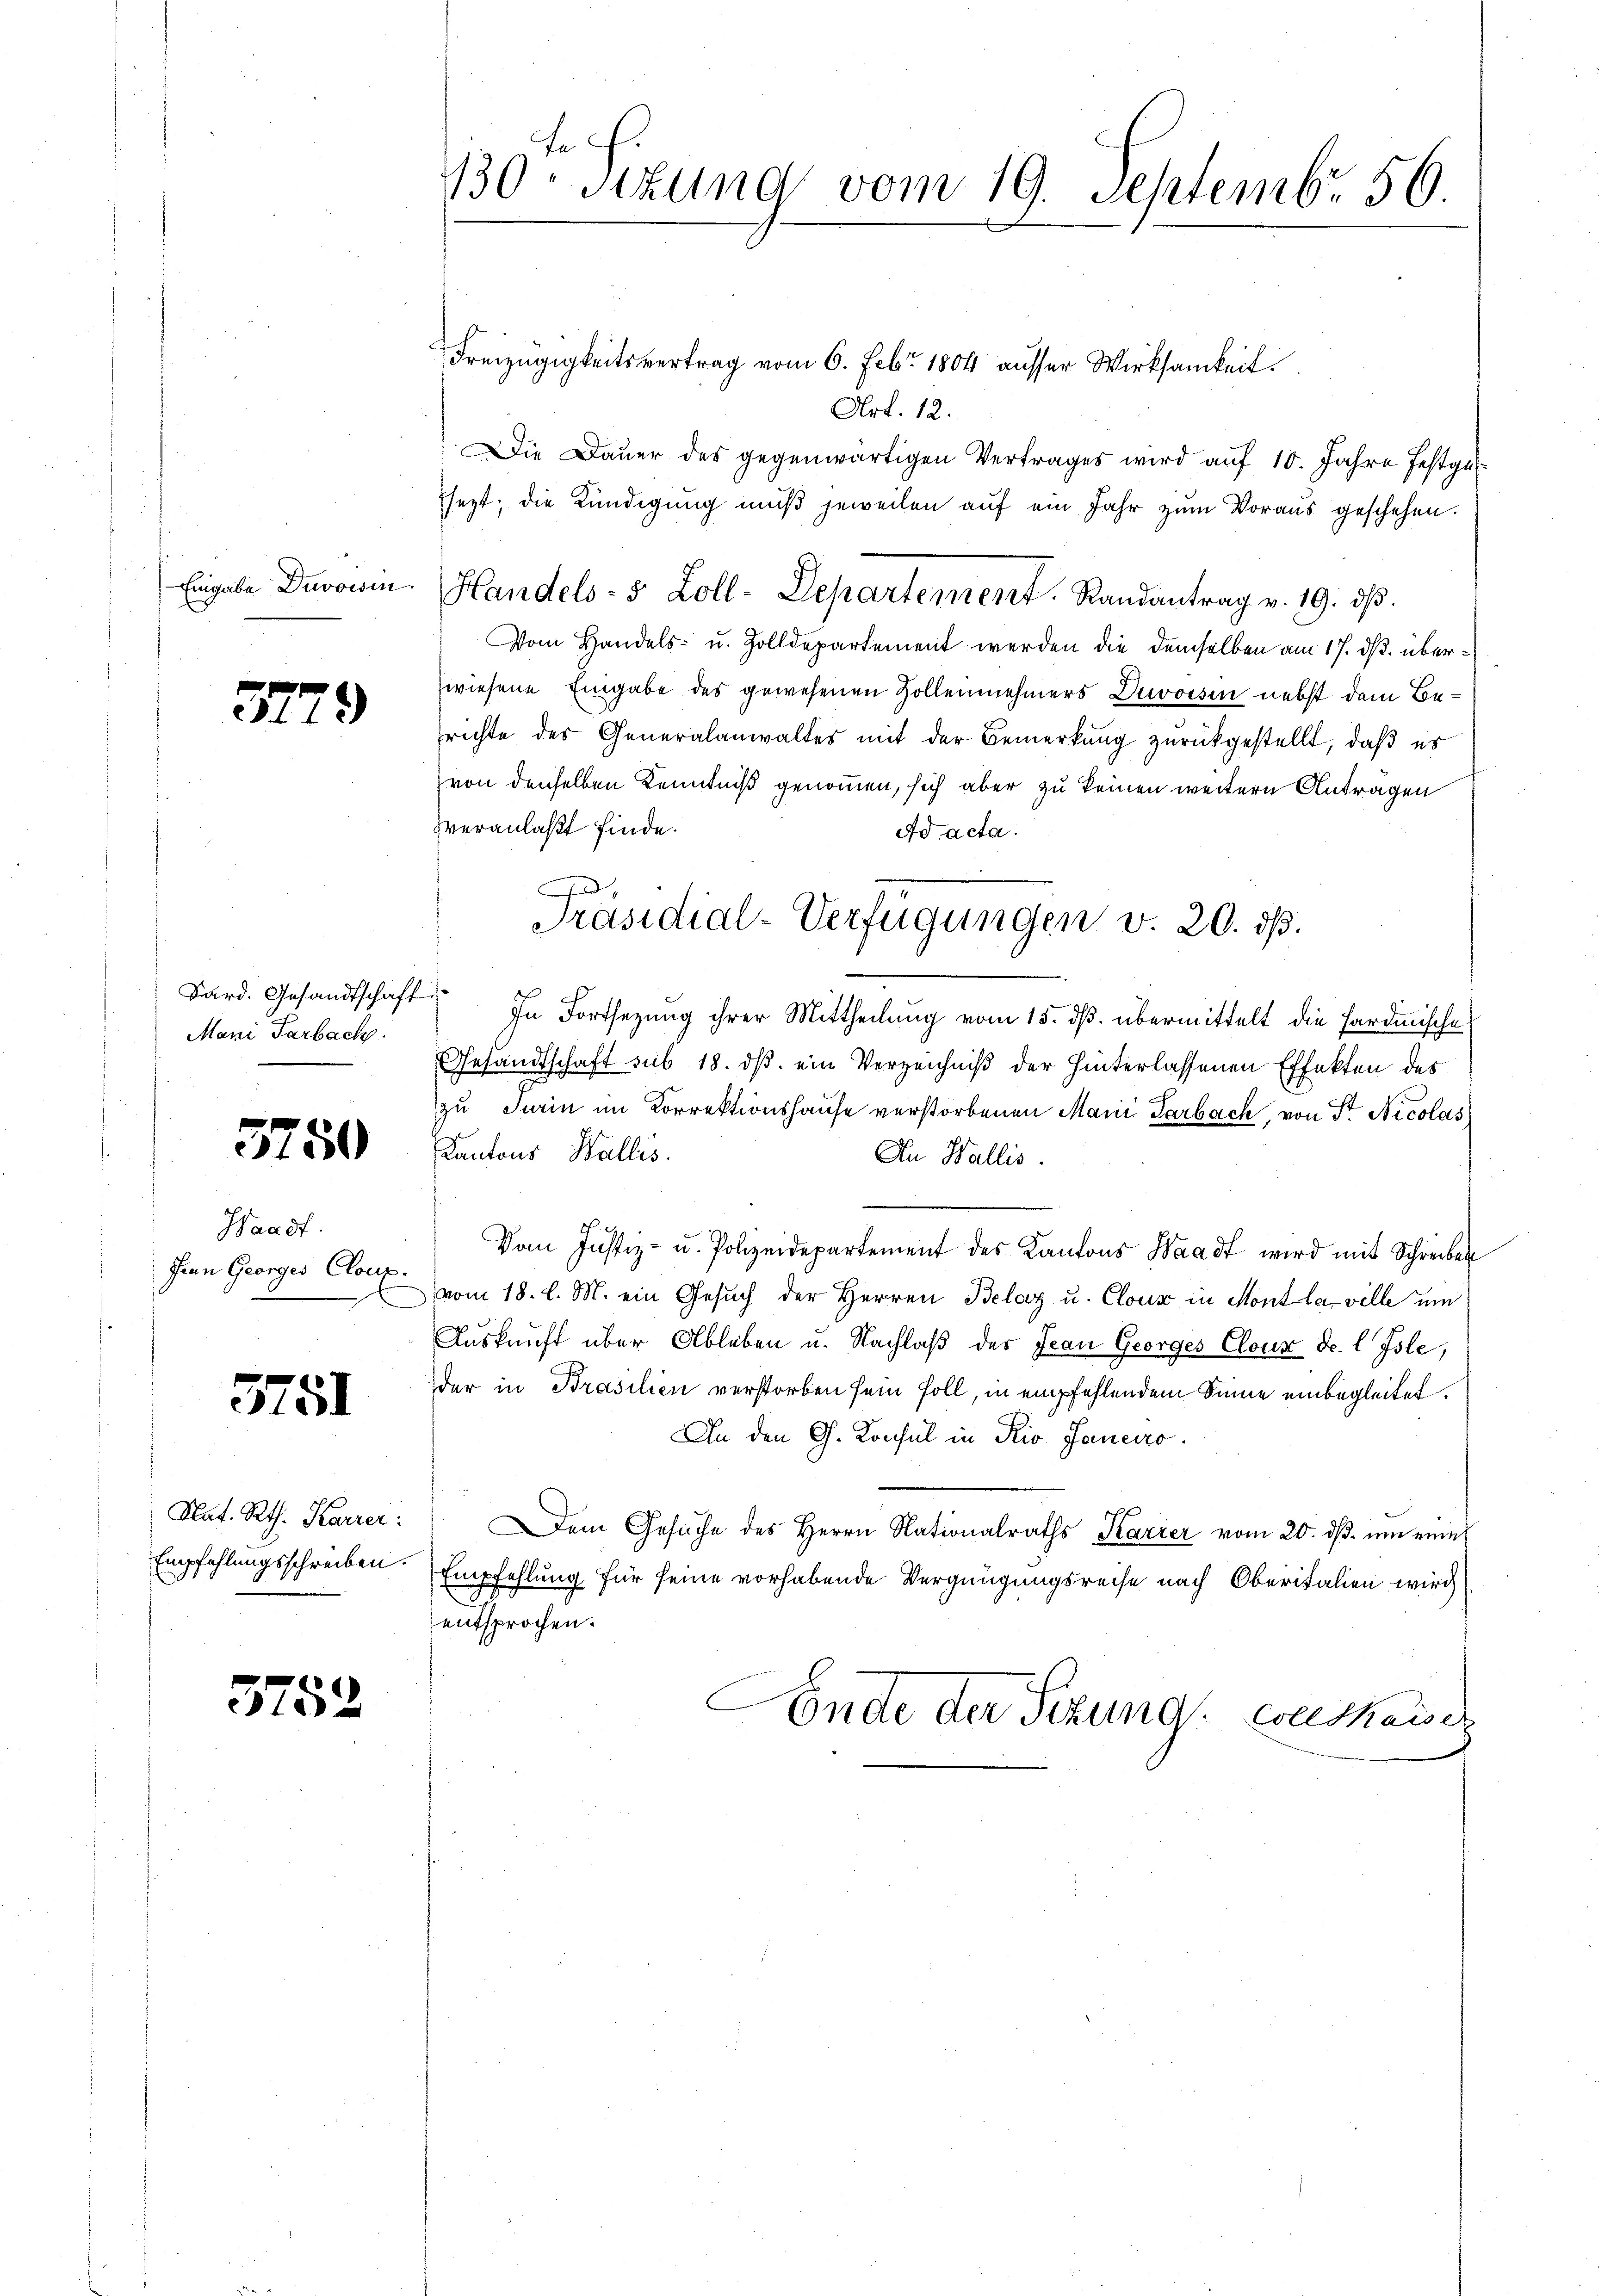
37

2)

Bard. Gesandtschaft
Mani Farbach.

3750

Waadt.
Jean Georges Cloux.

3751

Nat. Rth. Karrer:
Empfehlungsschreiben.

3752

130 Sizung vom 19. Septembr 56.

Freizügigkeitsvertrag vom 6. Febr. 1804 ausser Wirksamkeit.
Art. 12.
Die Dauer des gegenwärtigen Vertrages wird auf 10. Jahre festgessezt; die Kündigung muß jeweilen auf ein Jahr zum Voraus geschehen.
Eingabe Duvowin. Handels- 5 Zoll-Departement. Randantrag v. 19. ds.
Vom Handels- u. Zolldepartement werden die demselben am 17. ds. überwiesene Eingabe des gewesenen Zollennehmers Duvoisin nebst dem Berichte des Generalanwaltes mit der Bemerkŭng zurückgestellt, daß es
von denselben Kenntniß genommen, sich aber zu keinen weitern Antragen
veranlaßt finde.
Ad acta.
¬
In Fortsetzung ihrer Mittheilung vom 15. dß. übermittelt die Sardinische
Gesandtschaft sub 18. ds. ein Verzeichniß der hinterlassenen Effekten des
zu Turin im Korrektionshause verstorbenen Mani Garbach, von St. Nicolas
Kantons Wallis.
An Wallis.
.
Vom Justiz- u. Polizeidepartement des Kantons Waadt wird mit Schreiben
vom 18. d. M. ein Gesuch der Herren Belag u. Cloux in Mont la ville um
Auskunft über Ableben u. Nachlaß des Jean Georges Cloux de l Isle,
der in Prasilien verstorben sein soll, in empfehlendem Sinne einbegleitet.
An den G. Konsul in Rio Janeiro
em Gesŭche des Herrn Nationalraths Karzer vom 20. dβ. ŭm eine
Empfehlung für seine vorhabende Vergnügungsreise nach Oberitalien wird
entsprochen.
Ende der Sizung conskaiser

D
Präsidial-Verfügungen v. 20. ds.